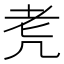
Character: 𦒲